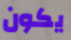
يكون